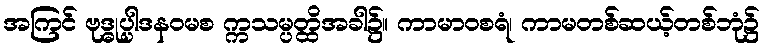
အကြင် ဗုဒ္ဓုပ္ပါဒနဝမစ က္ကသမ္ပတ္ထိအခါ၌။ ကာမာဝစရံ၊ ကာမတစ်ဆယ့်တစ်ဘုံ၌